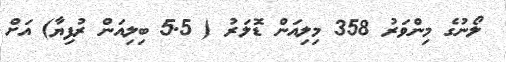
ލޯނުގެ މިންވަރު 358 މިލިއަން ޑޮލަރު ( 5.5 ބިލިއަން ރުފިޔާ) އަށް